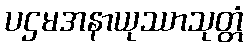
ပဌမအနာယုဿာသုတ္တံ